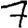
Digit: 7